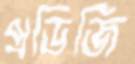
প্রডিজি